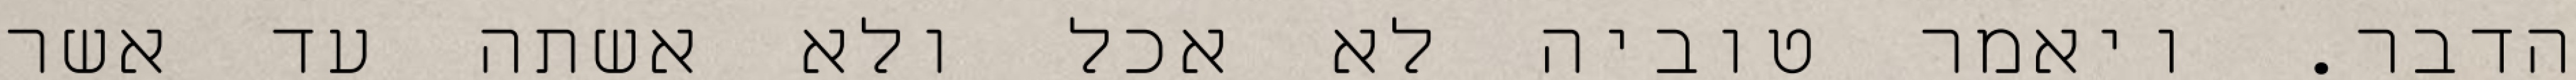
הדבר. ויאמר טוביה לא אכל ולא אשתה עד אשר